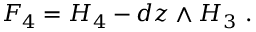
F _ { 4 } = H _ { 4 } - d z \wedge H _ { 3 } ~ .